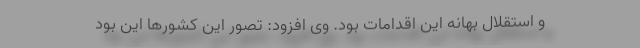
و استقلال بهانه این اقدامات بود. وی افزود: تصور این کشور‌ها این بود